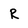
Character: R